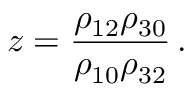
z = \frac { \rho _ { 1 2 } \rho _ { 3 0 } } { \rho _ { 1 0 } \rho _ { 3 2 } } \, .